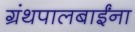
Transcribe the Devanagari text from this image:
ग्रंथपालबाईंना